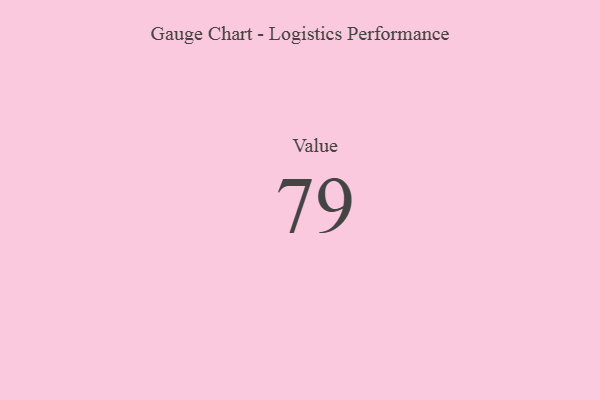
{"axis": {"x": "Metric", "y": "Value"}, "legend": [""], "data": [{"x": "Value", "y": 79, "type": ""}]}